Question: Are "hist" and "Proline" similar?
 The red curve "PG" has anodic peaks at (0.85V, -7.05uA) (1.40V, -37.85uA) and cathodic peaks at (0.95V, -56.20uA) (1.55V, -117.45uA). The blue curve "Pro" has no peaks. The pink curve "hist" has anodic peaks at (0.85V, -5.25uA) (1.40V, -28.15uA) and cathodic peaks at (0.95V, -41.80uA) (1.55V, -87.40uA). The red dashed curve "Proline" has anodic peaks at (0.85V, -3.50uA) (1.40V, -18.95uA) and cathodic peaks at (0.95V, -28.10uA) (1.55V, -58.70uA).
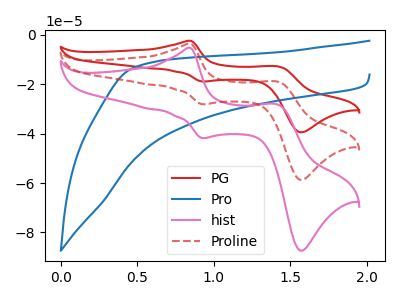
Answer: <think>All the peaks in "hist" have a peak in "Proline" at the same potential.
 </think>
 <answer>"hist" and "Proline" are similar in shape.</answer>
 <eval>same_shape</eval>